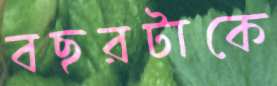
বছরটাকে